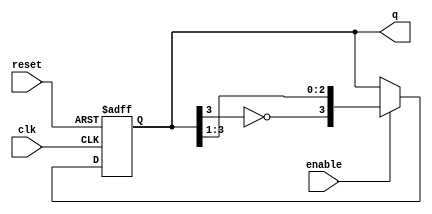
module johnson_counter (
    input wire clk,          // Clock input
    input wire reset,        // Asynchronous reset
    input wire enable,       // Enable signal
    output reg [3:0] q       // 4-bit output representing the current state
);

// State transition logic
always @(posedge clk or posedge reset) begin
    if (reset) begin
        q <= 4'b0000; // Initialize to state 0
    end else if (enable) begin
        q <= {~q[3], q[3:1]}; // Shift and invert the last bit for the next state
    end
end

endmodule